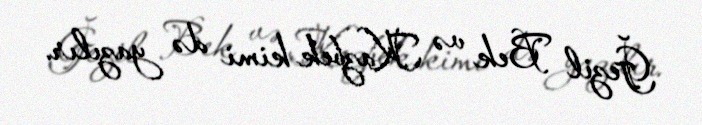
Ğezil Bek və Kazbek kimi də yazılır.